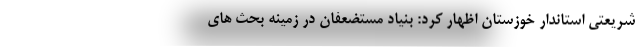
شریعتی استاندار خوزستان اظهار کرد: بنیاد مستضعفان در زمینه بحث های